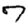
Digit: 7